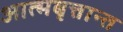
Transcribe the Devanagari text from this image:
आत्मबृत्तान्त